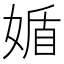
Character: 𡟈